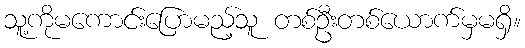
သူ့ကိုမကောင်းပြောမည့်သူ တစ်ဦးတစ်ယောက်မှမရှိ။